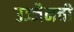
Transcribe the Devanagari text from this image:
उज्जैनची